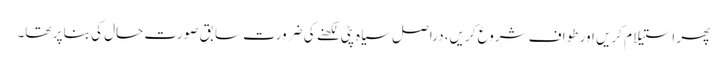
پھر استیلام کریں اور طواف شروع کریں، دراصل سیاہ پٹی لکھنے کی ضرورت سابق صورت حال کی بنا پر تھا۔